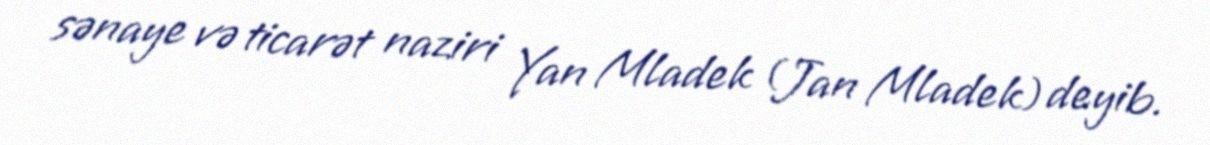
sənaye və ticarət naziri Yan Mladek (Jan Mladek) deyib.